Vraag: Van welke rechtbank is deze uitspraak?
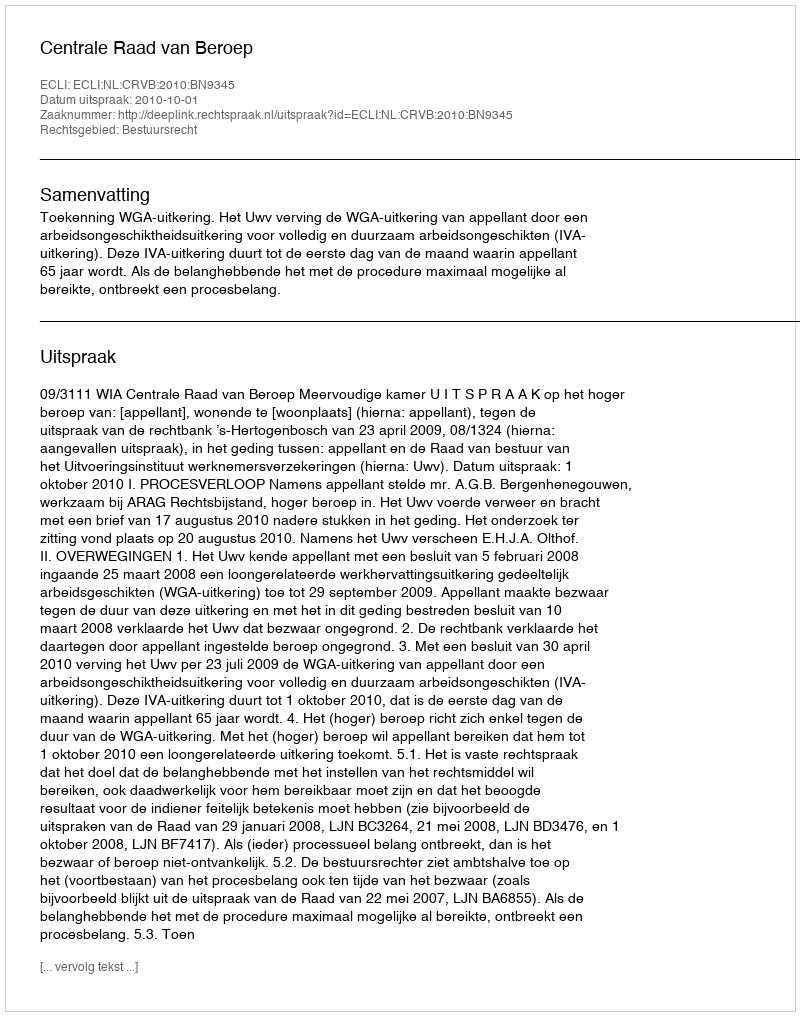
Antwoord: Centrale Raad van Beroep